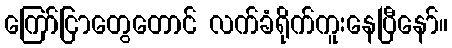
ကြော်ငြာတွေတောင် လက်ခံရိုက်ကူးနေပြီနော်။